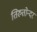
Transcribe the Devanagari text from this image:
तिरुतोन्दर